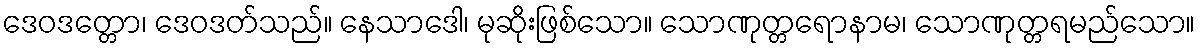
ဒေဝဒတ္တော၊ ဒေဝဒတ်သည်။ နေသာဒေါ၊ မုဆိုးဖြစ်သော။ သောဏုတ္တရောနာမ၊ သောဏုတ္တရမည်သော။